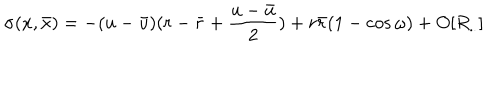
\sigma ( x , { \bar { x } } ) = - ( u - { \bar { u } } ) ( r - { \bar { r } } + \frac { u - { \bar { u } } } { 2 } ) + r { \bar { r } } ( 1 - \cos \omega ) + O [ R _ { . . } ]